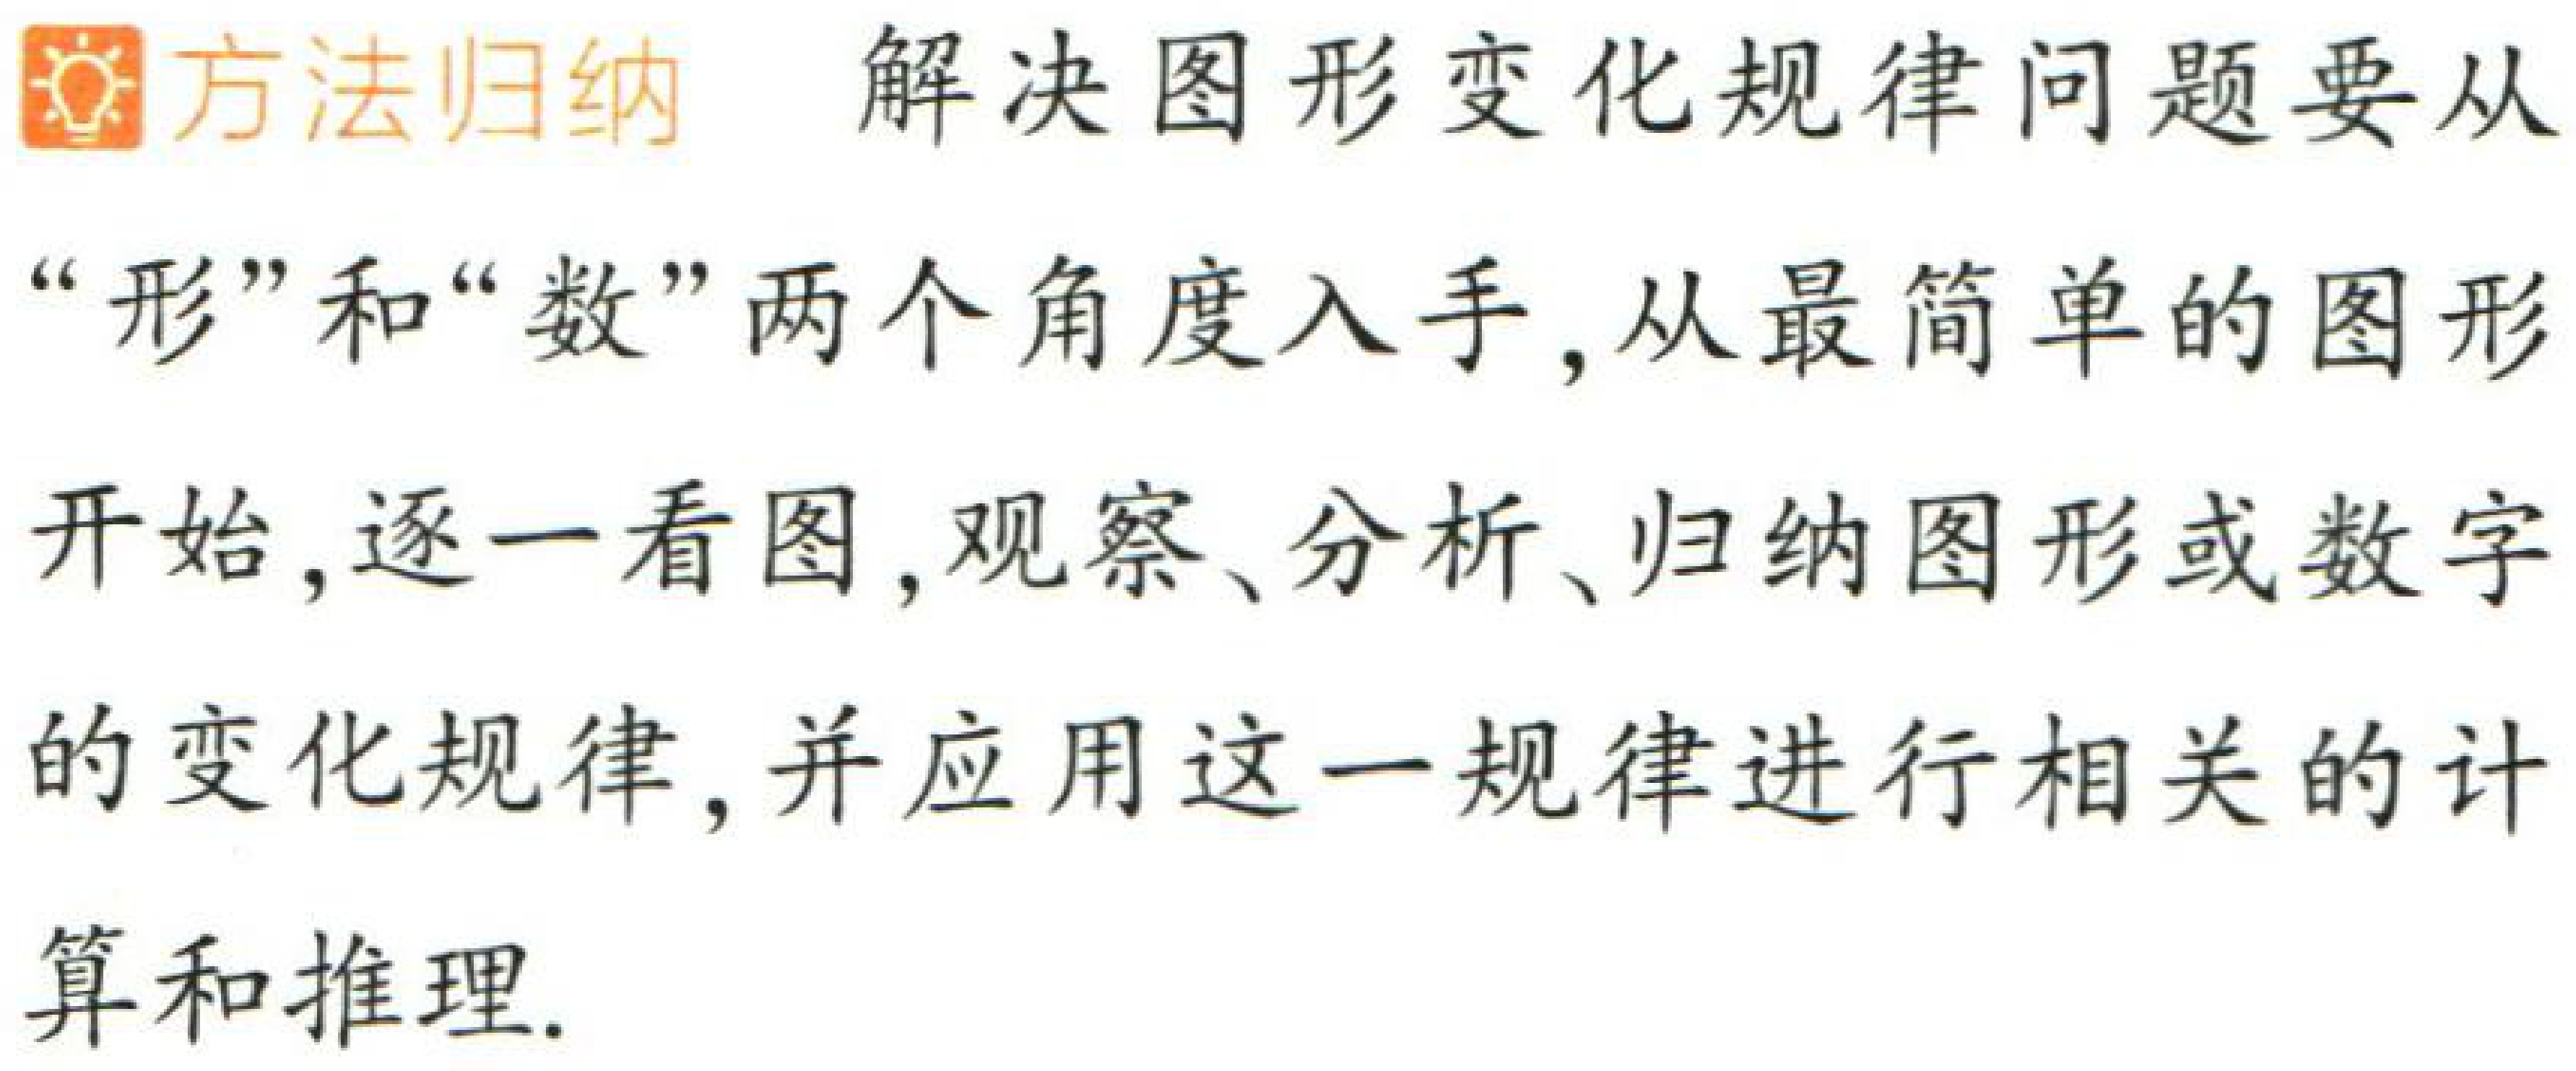
\begin{center}

\textbf{\textcolor{orange}{方法归纳} 解决图形变化规律问题要从“形”和“数”两个角度入手，从最简单的图形开始，逐一看图，观察、分析、归纳图形或数字的变化规律，并应用这一规律进行相关的计算和推理.}

\end{center}